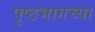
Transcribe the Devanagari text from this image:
पृष्ठभागच्या